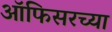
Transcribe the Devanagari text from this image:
ऑफिसरच्या